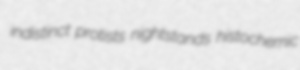
indistinct protists nightstands histochemic